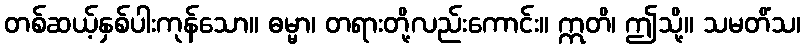
တစ်ဆယ့်နှစ်ပါးကုန်သော။ ဓမ္မာ၊ တရားတို့လည်းကောင်း။ ဣတိ၊ ဤသို့။ သမတိံသ၊